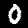
Label: 0